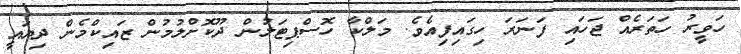
ހަވީރު ހަތަރެއް ޖަހައި ފަނަރަ ހިގައިފިއެވެ. މަލްކާ ހޮސްޕިޓަލުން ދޫކޮށްލުމުން ޒައިކްމެން ދިޔައީ